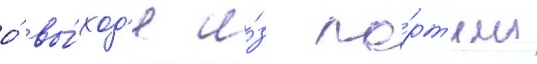
о́ вы́ход'е и́з па́рт'ии